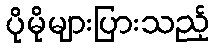
ပိုမိုများပြားသည့်